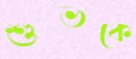
শুভকে